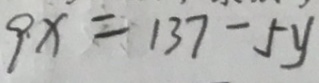
9 x = 1 3 7 - 5 y